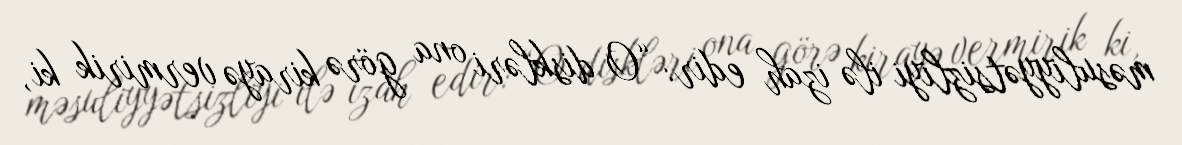
məsuliyyətsizliyi ilə izah edir: “O diskləri ona görə kirayə vermirik ki,